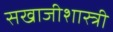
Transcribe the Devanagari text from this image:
सखाजीशास्त्री